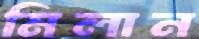
মিলান